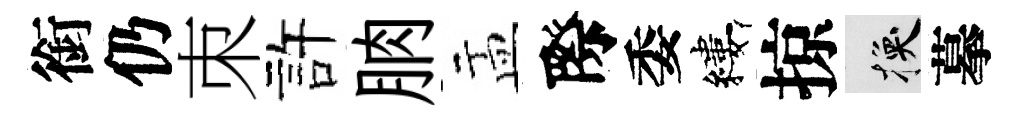
銜仍朿許朒盂際委縷掠换摹